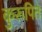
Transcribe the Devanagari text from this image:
कुरूपित